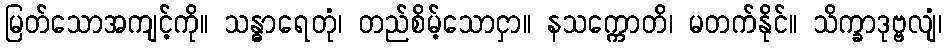
မြတ်သောအကျင့်ကို။ သန္ဓာရေတုံ၊ တည်စိမ့်သောငှာ။ နသက္ကောတိ၊ မတက်နိုင်။ သိက္ခာဒုဗ္ဗလျံ၊